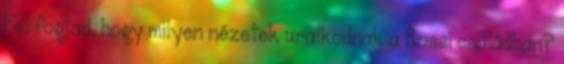
Fel fogtad, hogy milyen nézetek uralkodnak a Rossi családban?